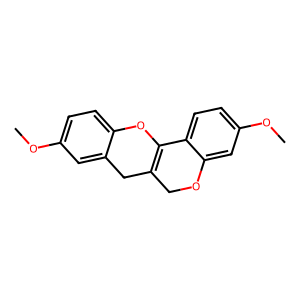
SMILES: COc1ccc2c(c1)CC1=C(O2)c2ccc(OC)cc2OC1
Inhibits HIV replication: No